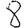
Digit: 8